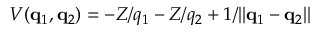
V ( \ensuremath { \mathbf { q } } _ { 1 } , \ensuremath { \mathbf { q } } _ { 2 } ) = - Z / q _ { 1 } - Z / q _ { 2 } + 1 / | | \ensuremath { \mathbf { q } } _ { 1 } - \ensuremath { \mathbf { q } } _ { 2 } | |